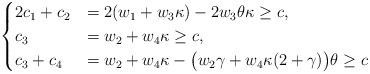
LaTeX: \begin{align*}\begin{cases} 2c_1+c_2&=2(w_1+w_3\kappa)-2w_3\theta\kappa\geq c,\\ c_3&=w_2+w_4\kappa\geq c,\\ c_3+c_4&=w_2+w_4\kappa-\big(w_2\gamma+w_4\kappa(2+\gamma)\big)\theta\geq c\end{cases}\end{align*}